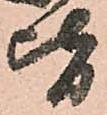
皆